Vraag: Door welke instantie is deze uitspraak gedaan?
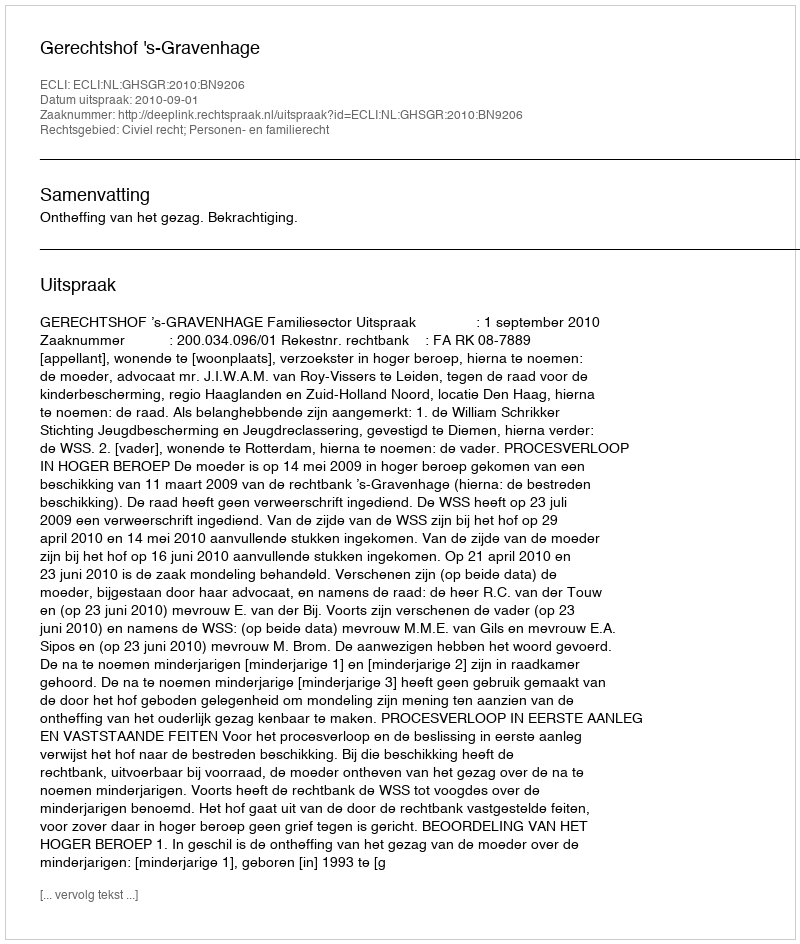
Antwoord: Gerechtshof 's-Gravenhage